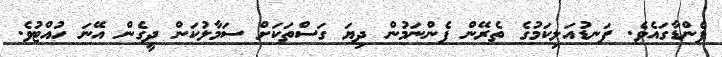
ފެންޑާގައެވެ. ފަނޑުއަލިކަމުގެ ތެރޭން ފެންނަމުން ދިޔަ ގަސްތަކަށް ސަމާލުކަން ދީގެން އޭނަ ހުއްޓުވެ.